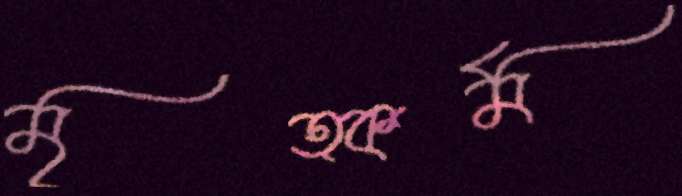
মৃত্কর্ম